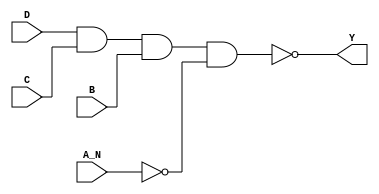
module sky130_fd_sc_hdll__nand4b (
    Y  ,
    A_N,
    B  ,
    C  ,
    D
);

    // Module ports
    output Y  ;
    input  A_N;
    input  B  ;
    input  C  ;
    input  D  ;

    // Module supplies
    supply1 VPWR;
    supply0 VGND;
    supply1 VPB ;
    supply0 VNB ;

    // Local signals
    wire not0_out   ;
    wire nand0_out_Y;

    //   Name   Output       Other arguments
    not  not0  (not0_out   , A_N              );
    nand nand0 (nand0_out_Y, D, C, B, not0_out);
    buf  buf0  (Y          , nand0_out_Y      );

endmodule